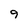
Character: 9